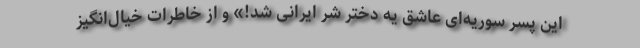
این پسر سوریه‌ای عاشق یه دختر شرّ ایرانی شد!» و از خاطرات خیال‌انگیز